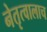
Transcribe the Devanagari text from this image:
नेतृत्वालाच